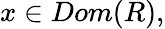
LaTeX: x\in Dom(R),